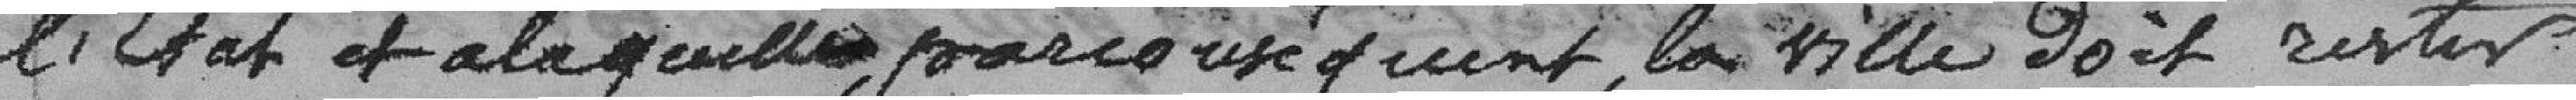
l'Etat et à laquelle, par conséquent, la ville doit rester